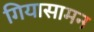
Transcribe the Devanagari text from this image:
गियासामन